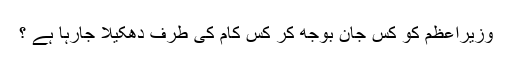
وزیراعظم کو کس جان بوجھ کر کس کام کی طرف دھکیلا جارہا ہے ؟